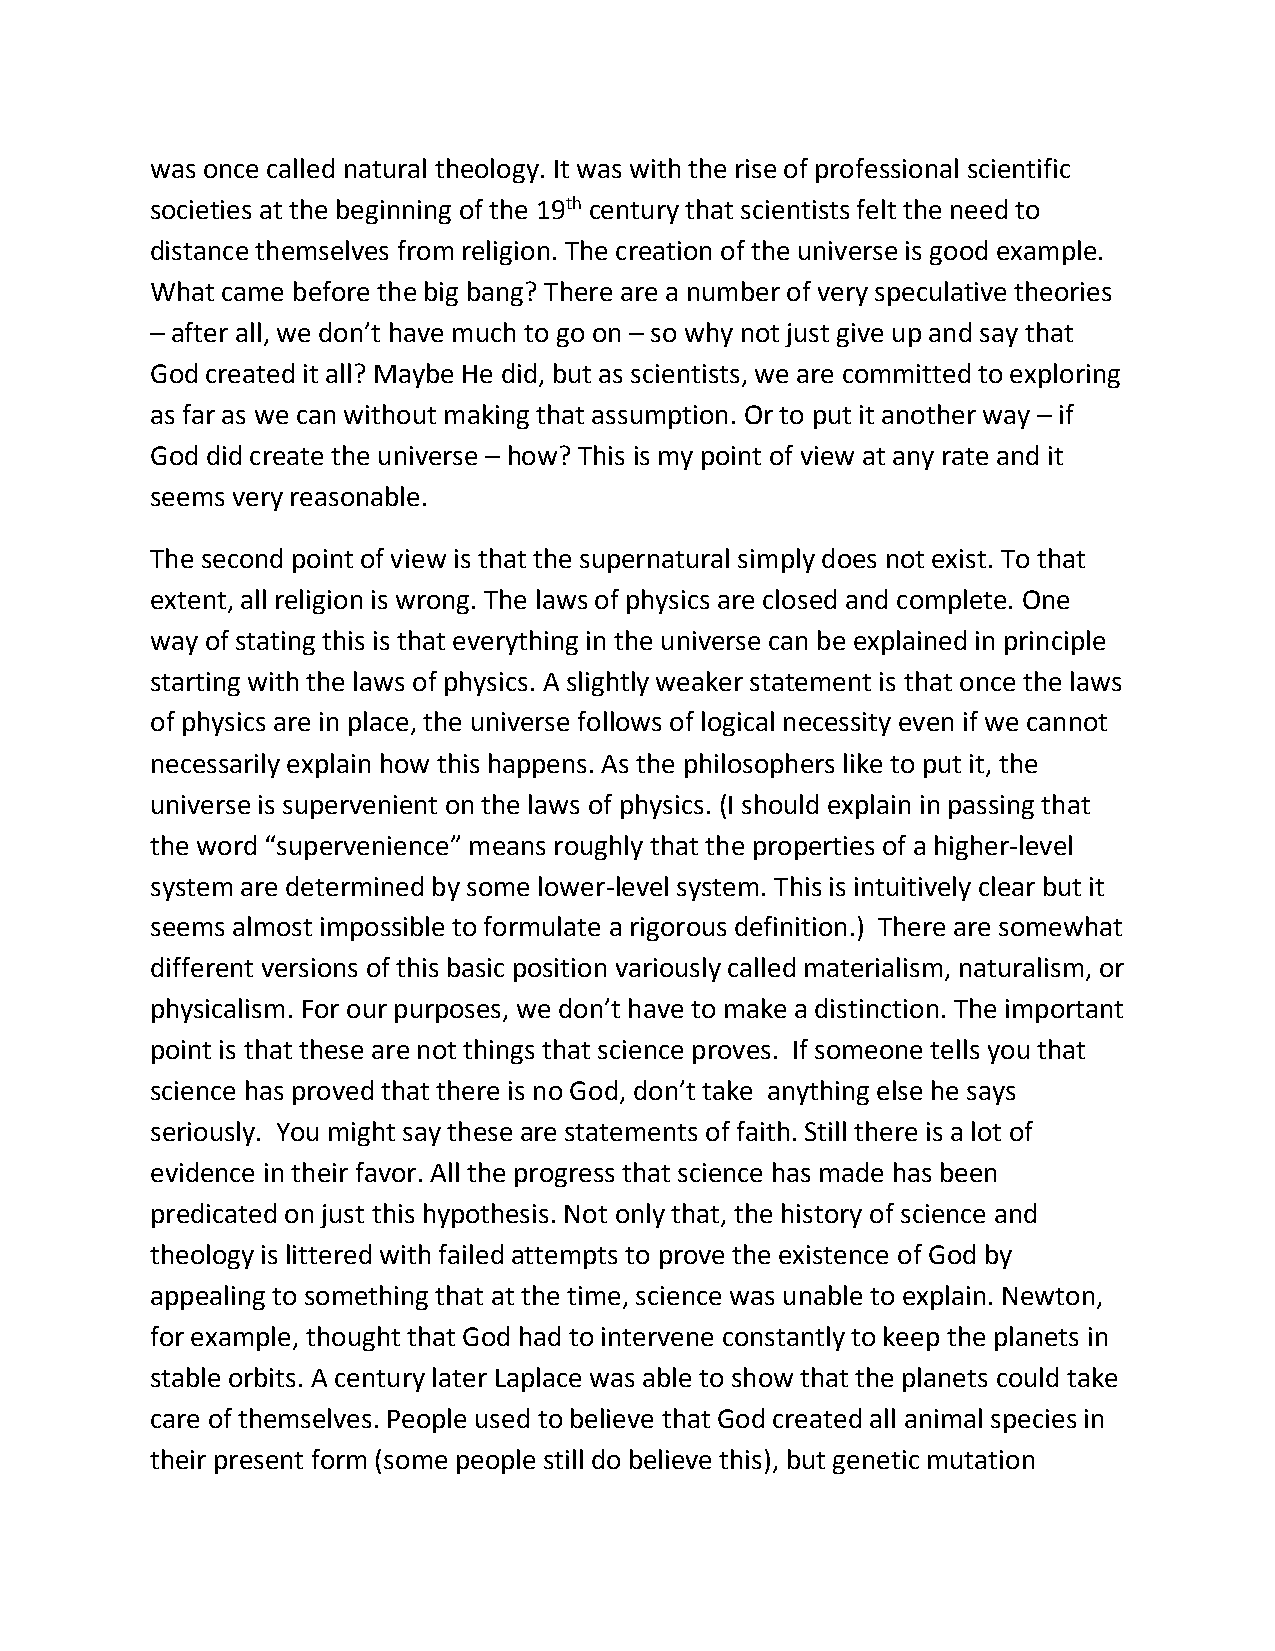
was once called natural theology. It was with the rise of professional scientific
 societies at the beginning of the 19th century that scientists felt the need to
 distance themselves from religion. The creation of the universe is good example.
 What came before the big bang? There are a number of very speculative theories
 – after all, we don’t have much to go on – so why not just give up and say that
 God created it all? Maybe He did, but as scientists, we are committed to exploring
 as far as we can without making that assumption. Or to put it another way – if
 God did create the universe – how? This is my point of view at any rate and it
 seems very reasonable.
 The second point of view is that the supernatural simply does not exist. To that
 extent, all religion is wrong. The laws of physics are closed and complete. One
 way of stating this is that everything in the universe can be explained in principle
 starting with the laws of physics. A slightly weaker statement is that once the laws
 of physics are in place, the universe follows of logical necessity even if we cannot
 necessarily explain how this happens. As the philosophers like to put it, the
 universe is supervenient on the laws of physics. (I should explain in passing that
 the word “supervenience” means roughly that the properties of a higher-level
 system are determined by some lower-level system. This is intuitively clear but it
 seems almost impossible to formulate a rigorous definition.) There are somewhat
 different versions of this basic position variously called materialism, naturalism, or
 physicalism. For our purposes, we don’t have to make a distinction. The important
 point is that these are not things that science proves. If someone tells you that
 science has proved that there is no God, don’t take anything else he says
 seriously. You might say these are statements of faith. Still there is a lot of
 evidence in their favor. All the progress that science has made has been
 predicated on just this hypothesis. Not only that, the history of science and
 theology is littered with failed attempts to prove the existence of God by
 appealing to something that at the time, science was unable to explain. Newton,
 for example, thought that God had to intervene constantly to keep the planets in
 stable orbits. A century later Laplace was able to show that the planets could take
 care of themselves. People used to believe that God created all animal species in
 their present form (some people still do believe this), but genetic mutation